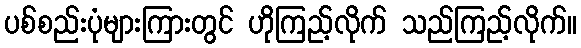
ပစ်စည်းပုံများကြားတွင် ဟိုကြည့်လိုက် သည်ကြည့်လိုက်။